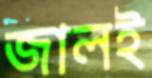
জালই